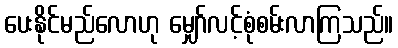
ပေးနိုင်မည်လောဟု မျှော်လင့်စုံစမ်းလာကြသည်။